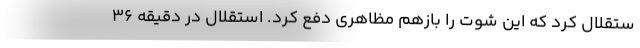
ستقلال کرد که این شوت را بازهم مظاهری دفع کرد. استقلال در دقیقه ۳۶